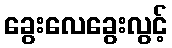
ခွေးလေခွေးလွင့်